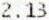
2.13